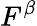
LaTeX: F^{\beta}